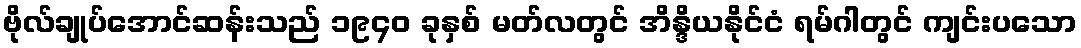
ဗိုလ်ချုပ်အောင်ဆန်းသည် ၁၉၄၀ ခုနှစ် မတ်လတွင် အိန္ဒိယနိုင်ငံ ရမ်ဂါတွင် ကျင်းပသော